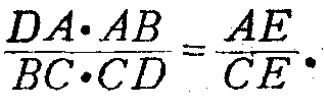
\(\frac{DA\cdot AB}{BC\cdot CD}=\frac{AE}{CE}\)